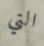
التي